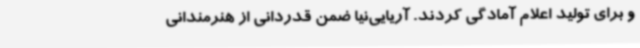
و برای تولید اعلام آمادگی کردند. آریایی‌نیا ضمن قدردانی از هنرمندانی